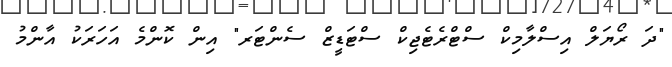
"ދަ ރޯޔަލް އިސްލާމިކް ސްޓްރެޓެޖިކް ސްޓަޑީޒް ސެންޓަރ" އިން ކޮންމެ އަހަރަކު އާންމު